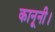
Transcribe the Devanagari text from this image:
कानूनी।